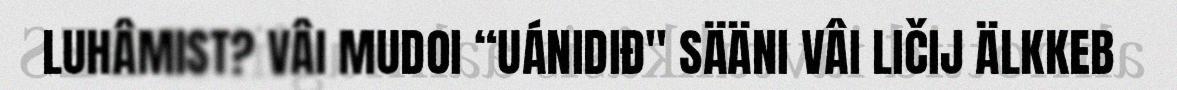
LUHÂMIST? VÂI MUDOI “UÁNIDIĐ" SÄÄNI VÂI LIČIJ ÄLKKEB